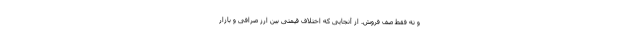
و نه فقط صف فروش. از آنجایی که اختلاف قیمتی بین ارز صرافی و بازار